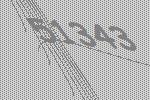
51343